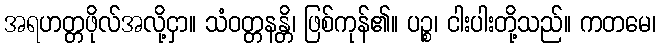
အရဟတ္တဖိုလ်အလို့ငှာ။ သံဝတ္တနန္တိ၊ ဖြစ်ကုန်၏။ ပဉ္စ၊ ငါးပါးတို့သည်။ ကတမေ၊